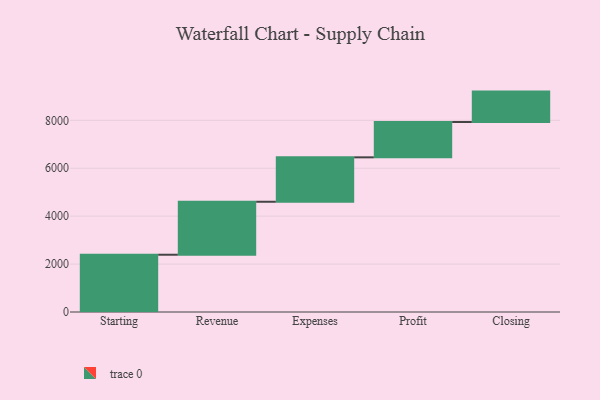
{"axis": {"x": "Step", "y": "Value"}, "legend": [""], "data": [{"x": "Starting", "y": 2391.0, "type": ""}, {"x": "Revenue", "y": 2211.0, "type": ""}, {"x": "Expenses", "y": 1855.0, "type": ""}, {"x": "Profit", "y": 1474.0, "type": ""}, {"x": "Closing", "y": 1270.0, "type": ""}]}